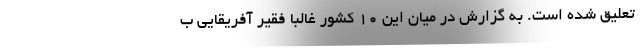
تعلیق شده است. به گزارش در میان این ۱۰ کشور غالبا فقیر آفریقایی ب